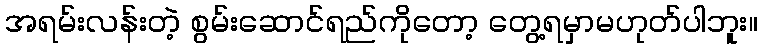
အရမ်းလန်းတဲ့ စွမ်းဆောင်ရည်ကိုတော့ တွေ့ရမှာမဟုတ်ပါဘူး။